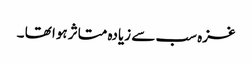
غزہ سب سے زیادہ متاثر ہوا تھا ۔